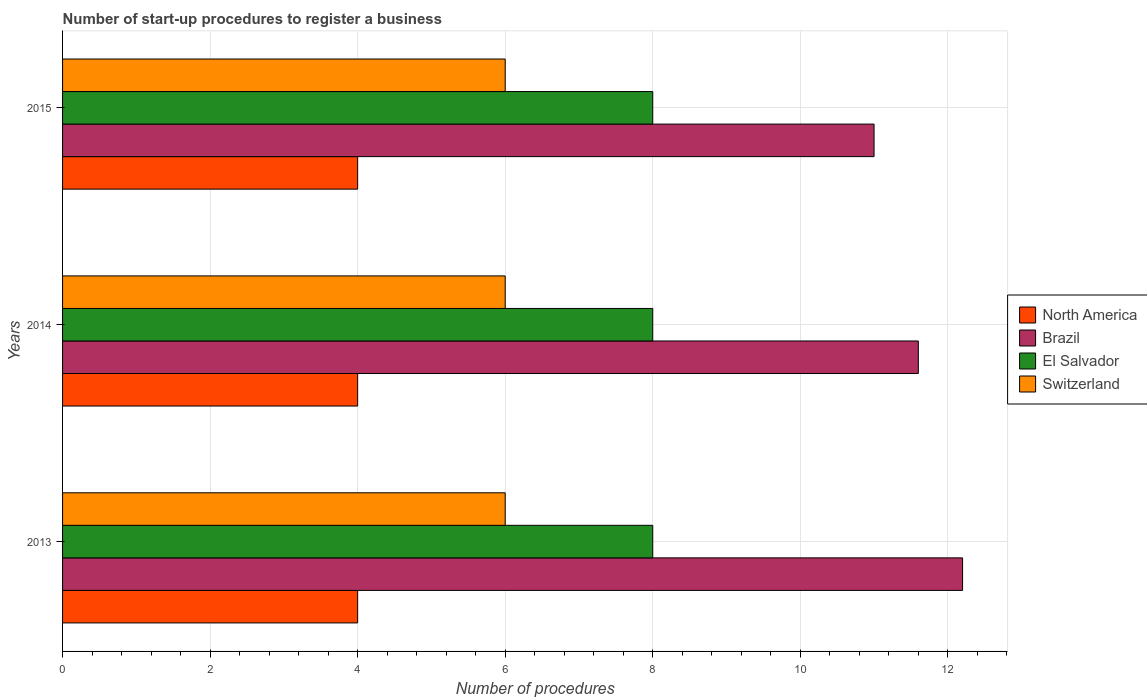
| Years | North America | Brazil | El Salvador | Switzerland |
 | --- | --- | --- | --- | --- |
 | 2013 | 4 | 12.2 | 8 | 6 |
 | 2014 | 4 | 11.6 | 8 | 6 |
 | 2015 | 4 | 11 | 8 | 6 |